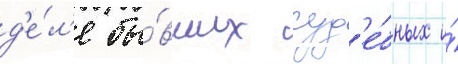
д'е́л'е бы́вших суд'е́бных и́